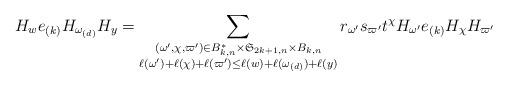
LaTeX: \begin{align*}H_{w}e_{(k)}H_{\omega_{(d)}}H_{y}=\sum\limits_{\substack{(\omega',\chi,\varpi')\in B_{k, n}^{*}\times \mathfrak{S}_{2k+1, n}\times B_{k, n}\\\ell(\omega')+\ell(\chi)+\ell(\varpi')\leq \ell(w)+\ell(\omega_{(d)})+\ell(y)}}r_{\omega'}s_{\varpi'}t^{\chi}H_{\omega'}e_{(k)}H_{\chi}H_{\varpi'}\end{align*}